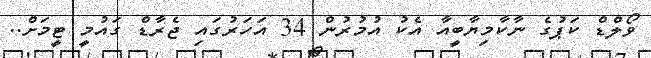
ވޯލްޑް ކަޕުގެ ނާކާމިޔާބީއާ އެކު އުމުރުން 34 އަހަރުގައި ޖެރާޑް ގައުމީ ޓީމަށް..